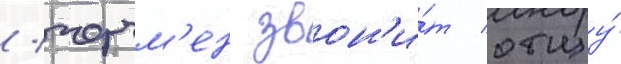
/ черчм'ен звон'и́т отцу́